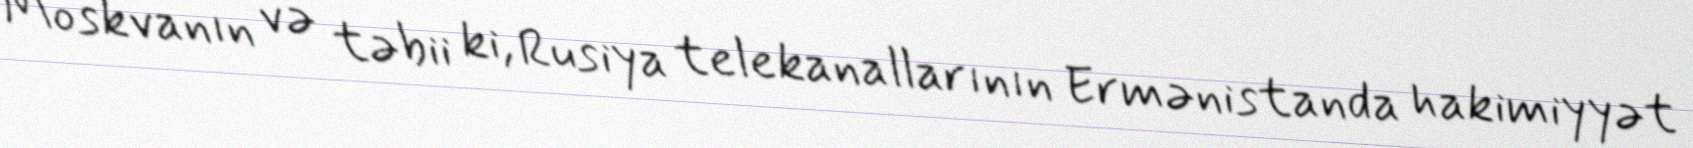
Moskvanın və təbii ki, Rusiya telekanallarının Ermənistanda hakimiyyət